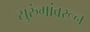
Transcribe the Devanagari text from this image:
सुरुंगांवरून